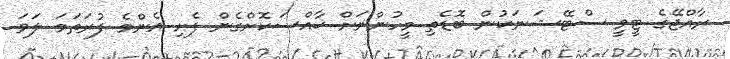
ރާއްޖޭގެ ޓީވީ ސްޓޭޝަނަކުން ބޮޑެތި މީހުންނަށް ޚާއްސަކޮށްގެން ފެށި އެންމެ ފުރަތަމަ ލަވަ